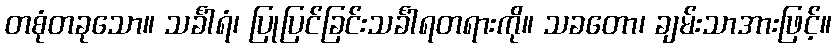
တစုံတခုသော။ သင်္ခါရံ၊ ပြုပြင်ခြင်းသင်္ခါရတရားကို။ သခတော၊ ချမ်းသာအားဖြင့်။